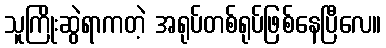
သူကြိုးဆွဲရာကတဲ့ အရုပ်တစ်ရုပ်ဖြစ်နေပြီလေ။